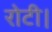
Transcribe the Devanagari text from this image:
रोटी।